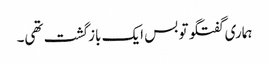
ہماری گفتگو تو بس ایک بازگشت تھی۔